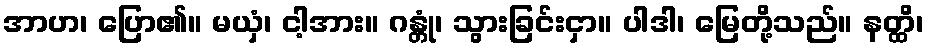
အာဟ၊ ပြော၏။ မယှံ၊ ငါ့အား။ ဂန္တုံ၊ သွားခြင်းငှာ။ ပါဒါ၊ မြေတို့သည်။ နတ္ထိ၊